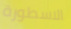
الاسطورة